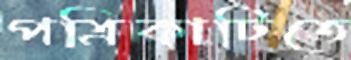
পত্রিকাটিতে